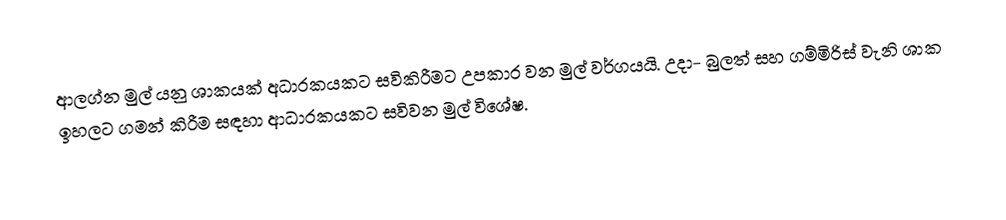
ආලග්න මුල් යනු ශාකයක් අධාරකයකට සවිකිරීමට උපකාර වන මුල් වර්ගයයි. උදා- බුලත් සහ ගම්මිරිස් වැනි ශාක ඉහලට ගමන් කිරීම සඳහා ආධාරකයකට සවිවන මුල් විශේෂ.